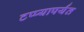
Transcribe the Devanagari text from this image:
टप्प्यापर्यंत